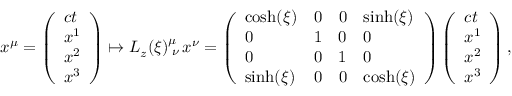
\begin{array} { r } { x ^ { \mu } = \left( \begin{array} { l } { c t } \\ { x ^ { 1 } } \\ { x ^ { 2 } } \\ { x ^ { 3 } } \end{array} \right) \mapsto L _ { z } ( \xi ) _ { \; \nu } ^ { \mu } \, x ^ { \nu } = \left( \begin{array} { l l l l } { \cosh ( \xi ) } & { 0 } & { 0 } & { \sinh ( \xi ) } \\ { 0 } & { 1 } & { 0 } & { 0 } \\ { 0 } & { 0 } & { 1 } & { 0 } \\ { \sinh ( \xi ) } & { 0 } & { 0 } & { \cosh ( \xi ) } \end{array} \right) \left( \begin{array} { l } { c t } \\ { x ^ { 1 } } \\ { x ^ { 2 } } \\ { x ^ { 3 } } \end{array} \right) , } \end{array}